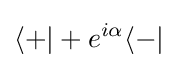
\langle +|+e^{i\alpha }\langle -|